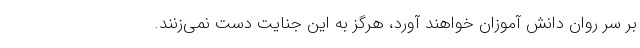
بر سر روان دانش آموزان خواهند آورد، هرگز به این جنایت دست نمی‌زنند.